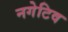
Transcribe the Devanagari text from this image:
नगेटिव